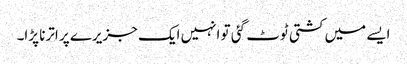
ایسے میں کشتی ٹوٹ گئی تو انہیں ایک جزیرے پر اترنا پڑا۔